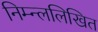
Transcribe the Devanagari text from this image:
निम्न्ललिखित